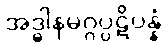
အဒ္ဓါနမဂ္ဂပ္ပဋိပန္နံ